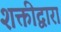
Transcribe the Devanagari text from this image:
शक्तीद्वारा